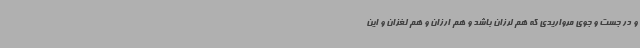
و در جست و جوی مرواریدی که هم لرزان باشد و هم ارزان و هم لغزان و این